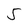
Character: 5